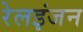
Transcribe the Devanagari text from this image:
रेलइंजन